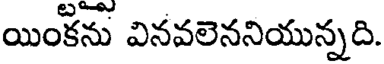
యింకను వినవలెననియున్నది.